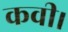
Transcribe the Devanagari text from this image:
कवी।